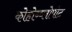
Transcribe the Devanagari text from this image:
कोहोब्ब्लोपोट